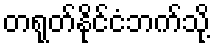
တရုတ်နိုင်ငံဘက်သို့